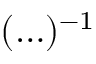
( \ldots ) ^ { - 1 }